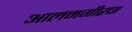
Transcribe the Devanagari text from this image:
आलमगीरचा